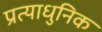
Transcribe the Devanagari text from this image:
प्रत्याधुनिक